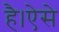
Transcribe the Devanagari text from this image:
है।ऐसे